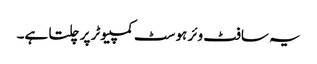
یہ سافٹ وئر ہوسٹ کمپیوٹر پر چلتا ہے۔